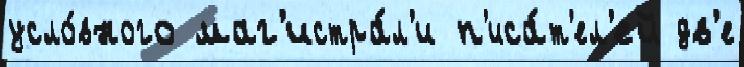
усло́вного маг'истра́л'и п'иса́т'ел'ей дв'е